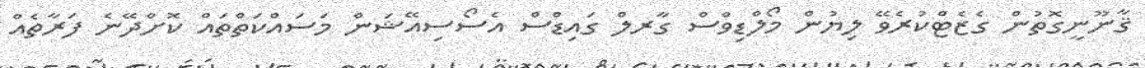
ޤާނޫނީގޮތުން ގެޒެޓްކުރެވޭ ލިޔުން މޯލްޑިވްސް ގާރލް ގައިޑްސް އެސޯސިއޭޝަން މަސައްކަތްތައް ކޮށްދޭނެ ފަރާތެއް